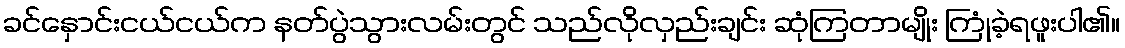
ခင်နှောင်းငယ်ငယ်က နတ်ပွဲသွားလမ်းတွင် သည်လိုလှည်းချင်း ဆုံကြတာမျိုး ကြုံခဲ့ရဖူးပါ၏။